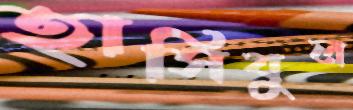
হাসিবুল